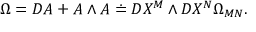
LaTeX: \Omega = D A + A \wedge A \doteq D X ^ { M } \wedge D X ^ { N } \Omega _ { M N } .